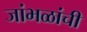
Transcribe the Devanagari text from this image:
जांभळांची